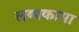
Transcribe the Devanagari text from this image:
लब्धकामा